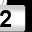
Digit: 2